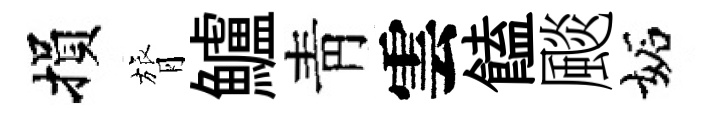
損膂鱸靑雲饁颷妬